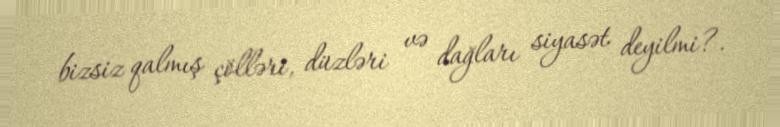
bizsiz qalmış çölləri, düzləri və dağları siyasət deyilmi?.